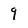
Character: 9